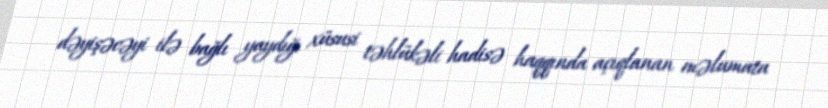
dəyişəcəyi ilə bağlı yaydığı xüsusi təhlükəli hadisə haqqında açıqlanan məlumata